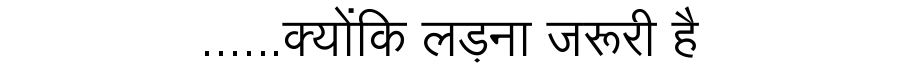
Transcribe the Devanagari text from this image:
......क्योंकि लड़ना जरूरी है